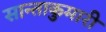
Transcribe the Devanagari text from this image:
सान्ताकुमारी